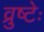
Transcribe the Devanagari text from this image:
व्रुष्टेः